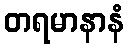
တရမာနာနံ